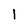
Character: 1